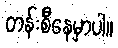
တန်းစီနေမှာပါ။